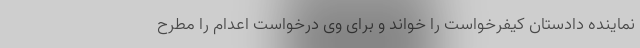
نماینده دادستان کیفرخواست را خواند و برای وی درخواست اعدام را مطرح